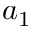
a _ { 1 }